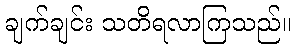
ချက်ချင်း သတိရလာကြသည်။